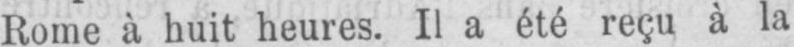
Rome à huit heures. Il a été reçu à la